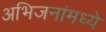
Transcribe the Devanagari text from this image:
अभिजनांमध्ये